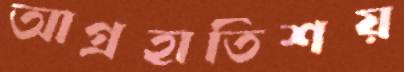
আগ্রহাতিশয়